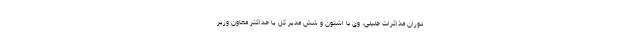
دوران مذاکرات جلیلی، وی با اشتون و شش مدیر کل یا حداکثر معاون وزیر